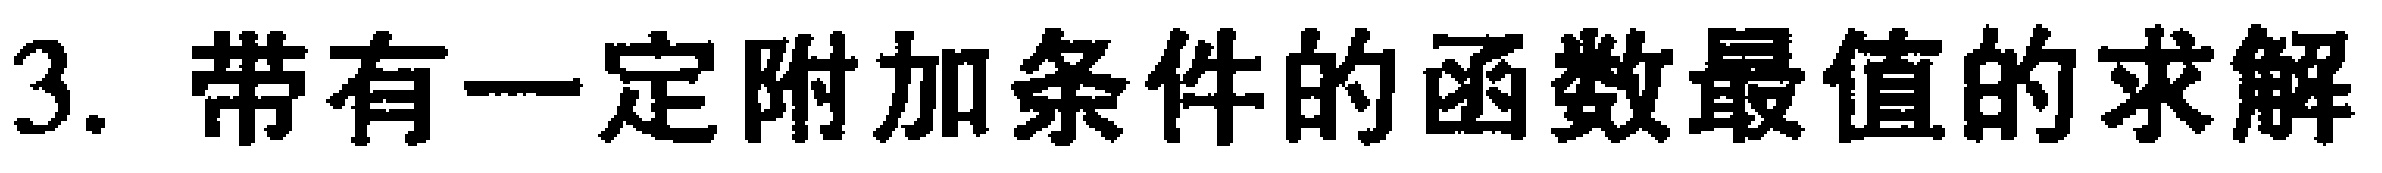
3. 带有一定附加条件的函数最值的求解